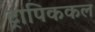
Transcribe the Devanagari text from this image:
ट्रापिककल